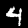
Digit: 4